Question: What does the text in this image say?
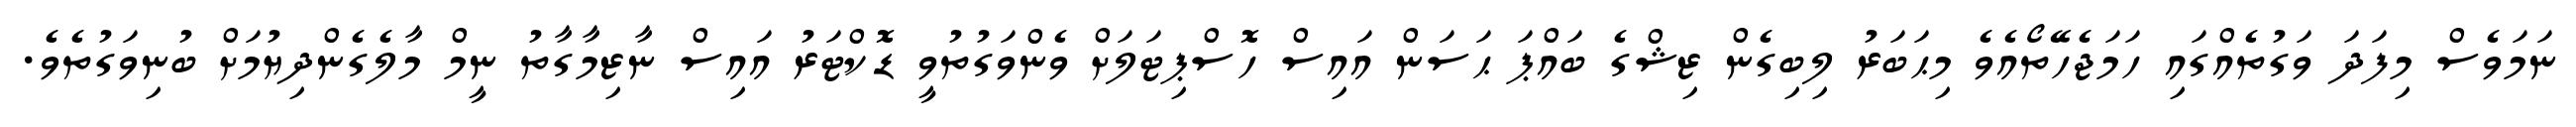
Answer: ނަމަވެސް މިފަދަ ވަގުތެއްގައި ހަމަޖެހޭތޯއެވެ މިޙަބަރު ލިބިގެން ޒިޝްގެ ބައްޕަ ޙަސަން އައިސް ހޮސްޕިޓަލަށް ވެންވަގުތުވީ ޑޮކްޓަރު އައިސް ނާޒިމާގާތު ނީމް މާލެގެންދިޔުމަށް ބުނިވަގުތެވެ.